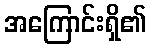
အကြောင်းရှိ၏